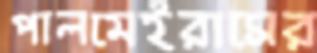
পালমেইরাসের